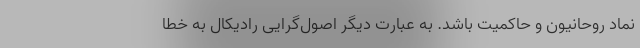
نماد روحانیون و حاکمیت باشد. به عبارت دیگر اصول‌گرایی رادیکال به خطا